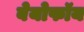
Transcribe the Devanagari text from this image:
बेयोफॉय